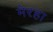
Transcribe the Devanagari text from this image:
मेरहा